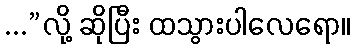
...”လို့ ဆိုပြီး ထသွားပါလေရော။